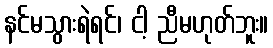
နင်မသွားရဲရင်၊ ငါ့ ညီမဟုတ်ဘူး။